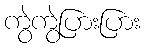
ကွဲကွဲပြားပြား